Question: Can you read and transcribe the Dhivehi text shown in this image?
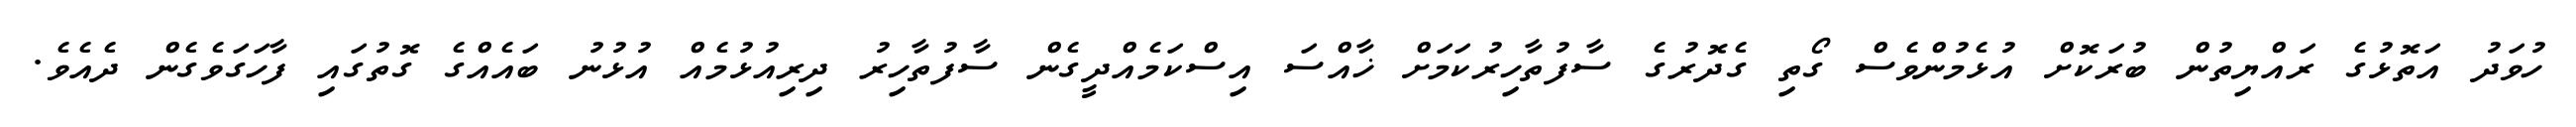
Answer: ހުވަދު އަތޮޅުގެ ރައްޔިތުން ބުރަކޮށް އުޅެމުންވެސް ގޯތި ގެދޮރުގެ ސާފުތާހިރުކަމަށް ޚާއްސަ އިސްކަމެއްދީގެން ސާފުތާހިރު ދިރިއުޅުމެއް އުޅުނު ބައެއްގެ ގޮތުގައި ފާހަގަވެގެން ދެއެވެ.